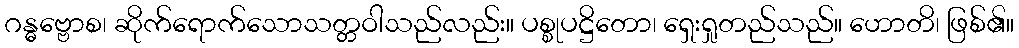
ဂန္ဓဗ္ဗောစ၊ ဆိုက်ရောက်သောသတ္တဝါသည်လည်း။ ပစ္စုပဋ္ဌိတော၊ ရှေးရှုတည်သည်။ ဟောတိ၊ ဖြစ်၏။